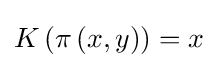
K\left(\pi \left(x,y\right)\right)=x